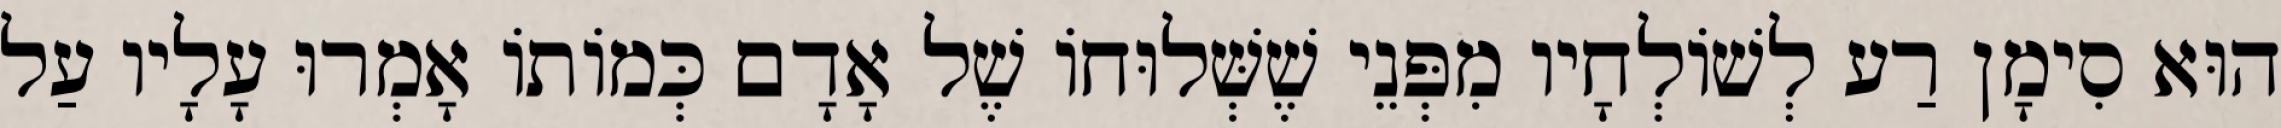
הוּא סִימָן רַע לְשׁוֹלְחָיו מִפְּנֵי שֶׁשְּׁלוּחוֹ שֶׁל אָדָם כְּמוֹתוֹ אָמְרוּ עָלָיו עַל